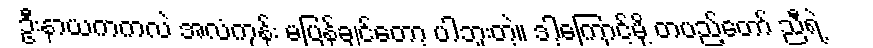
ဦးနာယကကလဲ အလံကုန်း မပြန်ချင်တော့ ပါဘူးတဲ့။ ဒါ့ကြောင့်မို့ တပည့်တော် ညီရဲ့